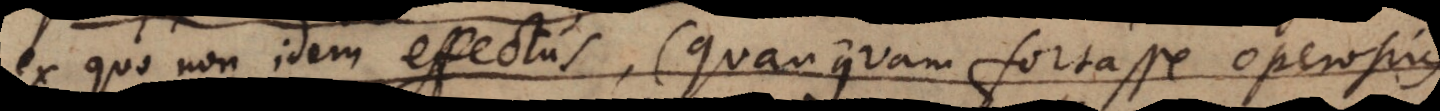
ex quo non idem effectus (quanquam fortasse operosius)